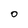
Character: 0